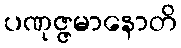
ပဏုဇ္ဇမာနောတိ